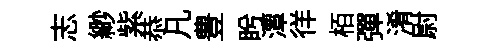
志緲紫恭凡豊盻潭徉栢彈淆尉